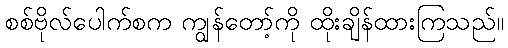
စစ်ဗိုလ်ပေါက်စက ကျွန်တော့်ကို ထိုးချိန်ထားကြသည်။